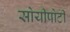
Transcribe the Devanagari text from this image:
सोयीपोटी